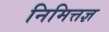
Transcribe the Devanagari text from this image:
निमित्तज्ञ